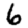
Digit: 6